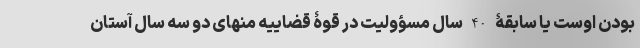
بودن اوست یا سابقۀ 40 سال مسؤولیت در قوۀ قضاییه منهای دو سه سال آستان